Statistics compiled by the Government of India from the reports of provincial Civil Veterinary Departments
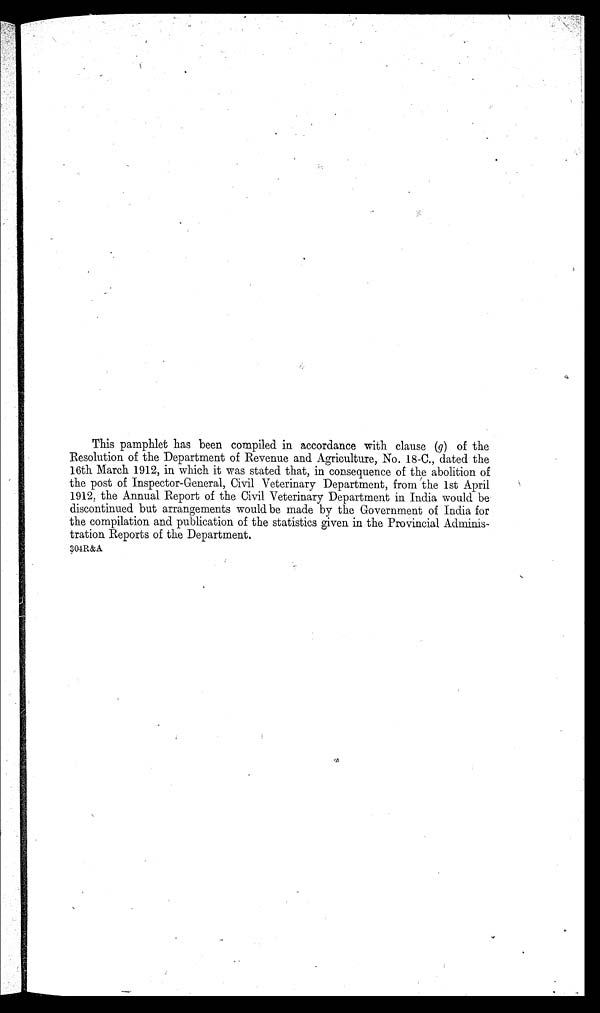
This pamphlet has been compiled in accordance with clause (g) of the
Resolution of the Department of Revenue and Agriculture, No. 18-C., dated the
16th March 1912, in which it was stated that, in consequence of the abolition of
the post of Inspector-General, Civil Veterinary Department, from the 1st April
1912, the Annual Report of the Civil Veterinary Department in India would be
discontinued but arrangements would be made by the Government of India for
the compilation and publication of the statistics given in the Provincial Adminis-
tration Reports of the Department.
304R&A